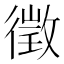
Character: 徵